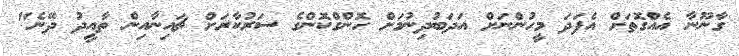
ގާނޫނާ އެއްގޮތަށް އެފަދަ މީހުންނަށް އަދަބުދިނުމަށް ހޮންގްކޮންގެ ސަރުކާރަށް ޗައިނާއިން ތާއީދު ދޭނެ"